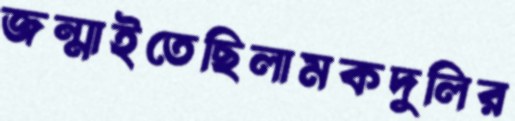
জন্মাইতেছিলামকদুলির